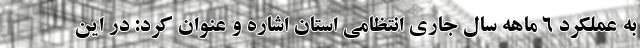
به عملکرد ۶ ماهه سال جاری انتظامی استان اشاره و عنوان کرد: در این